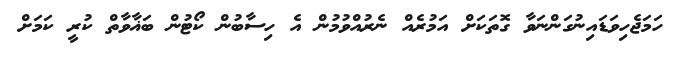
ހަމަޖެހިވަޑައިނުގަންނަވާ ގޮތަކަށް އަމުރެއް ނެރުއްވުމުން އެ ހިސާބުން ކޯޓުން ބަޣާވާތް ކުރީ ކަމަށް